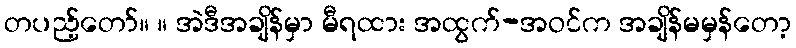
တပည့်တော်။ ။ အဲဒီအချိန်မှာ မီရထား အထွက်-အဝင်က အချိန်မမှန်တော့